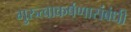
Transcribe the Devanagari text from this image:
गुरुत्वाकर्षणासंबंधी